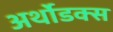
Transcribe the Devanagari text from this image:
अर्थोडक्स